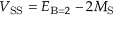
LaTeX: V _ { \mathrm { S S } } = E _ { \mathrm { B } = 2 } - 2 M _ { \mathrm { S } }